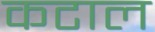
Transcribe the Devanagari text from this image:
कटाल